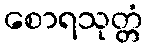
စောရသုတ္တံ